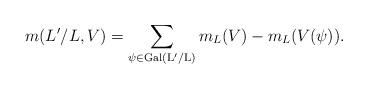
LaTeX: \begin{align*}m(L' / L,V) = \displaystyle\sum_{\psi \in \mathrm{Gal(L'/L)}} m_L(V)-m_L(V(\psi)).\end{align*}